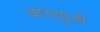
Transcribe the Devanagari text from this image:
यांगशुओ